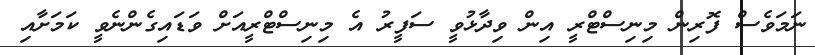
ނަމަވެސް ފޮރިން މިނިސްޓްރީ އިން ވިދާޅުވީ ސަފީރު އެ މިނިސްޓްރީއަށް ވަޑައިގެންނެވީ ކަމަށާއި